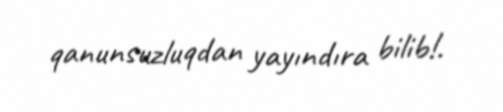
qanunsuzluqdan yayındıra bilib!.